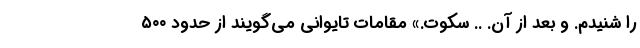
را شنیدم. و بعد از آن. .. سکوت.» مقامات تایوانی می‌گویند از حدود ۵۰۰